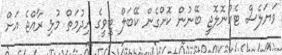
ވަޔަލެސް ޓެކްނޮލޮޖީ ބޭނުން ކޮށްގެން ކޭބަލް ޓީވީގެ ހިދުމަތް މުޅި ރާއްޖެ އަށް